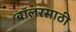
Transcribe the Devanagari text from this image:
बॉलरसाठी